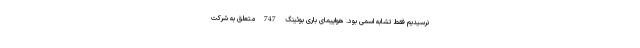
نرسیدیم فقط تشابه اسمی بود. هواپیمای باری بوئینگ 747 متعلق به شرکت